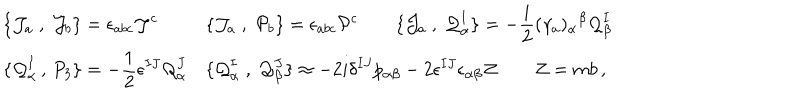
LaTeX: \begin{array} { l l } { { \displaystyle \{ { \cal J } _ { a } \; , \; { \cal J } _ { b } \} = \epsilon _ { a b c } { \cal J } ^ { c } } } & { { \displaystyle \{ { \cal J } _ { a } \; , \; { \cal P } _ { b } \} = \epsilon _ { a b c } { \cal P } ^ { c } \qquad \{ { \cal J } _ { a } \; , \; { \cal Q } _ { \alpha } ^ { I } \} = - \frac { i } { 2 } ( \gamma _ { a } ) _ { \alpha } { } ^ { \beta } { \cal Q } _ { \beta } ^ { I } } } \\ { { \displaystyle \{ { \cal Q } _ { \alpha } ^ { I } \, , \, P _ { 3 } \} = - \frac 1 2 \epsilon ^ { I J } { \cal Q } _ { \alpha } ^ { J } } } & { { \displaystyle \{ { \cal Q } _ { \alpha } ^ { I } \; , \; { \cal Q } _ { \beta } ^ { J } \} \approx - 2 i \delta ^ { I J } p _ { \alpha \beta } - 2 \epsilon ^ { I J } \epsilon _ { \alpha \beta } { \cal Z } \qquad { \cal Z } = m b \, , } } \\ \end{array}